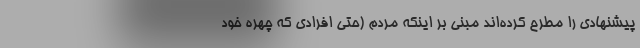
پیشنهادی را مطرح کرده‌اند مبنی بر اینکه مردم (حتی افرادی که چهره خود